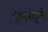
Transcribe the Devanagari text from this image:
वृत्तपत्रातूनही